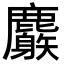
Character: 𪋧